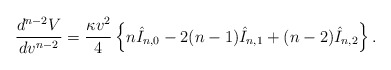
\begin{align*} \frac{d^{n-2}V}{dv^{n-2}}=\frac{\kappa v^2}{4}\left\{n\hat{I}_{n,0}-2(n-1)\hat{I}_{n,1}+(n-2)\hat{I}_{n,2}\right\}.\end{align*}